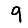
Digit: 9